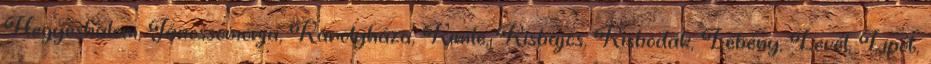
Hegyeshalom, Jánossomorja, Károlyháza, Kimle, Kisbajcs, Kisbodak, Lébény, Levél, Lipót,